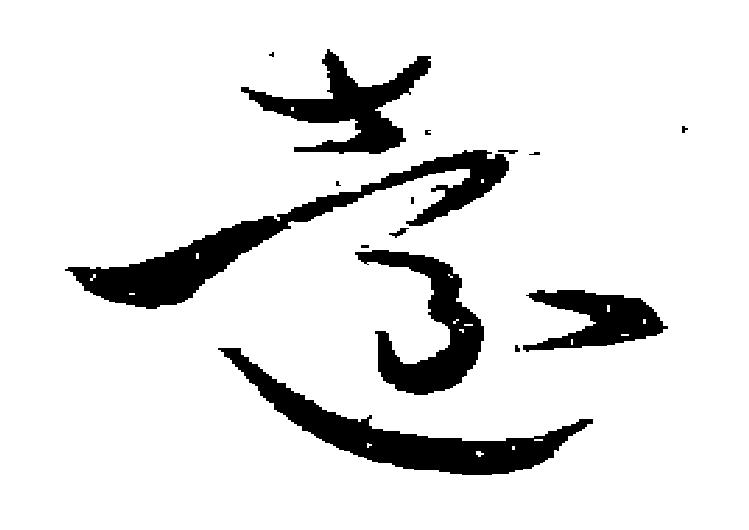
遠